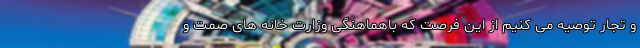
و تجار توصیه می کنیم از این فرصت که باهماهنگی وزارت خانه های صمت و